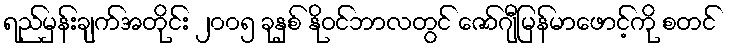
ရည်မှန်းချက်အတိုင်း ၂၀၀၅ ခုနှစ် နိုဝင်ဘာလတွင် ဇော်ဂျီမြန်မာဖောင့်ကို စတင်